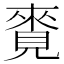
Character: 𧡛